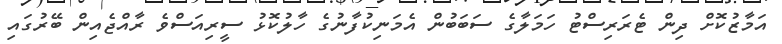
އަމާޒުކޮށް ދިން ޓެރަރިސްޓު ހަމަލާގެ ސަބަބުން އެމަނިކުފާނުގެ ހާލުކޮޅު ސީރިއަސްވެ ރާއްޖެއިން ބޭރުގައި